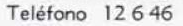
Telefono 12646